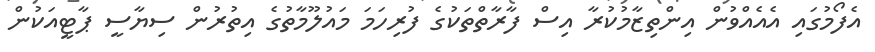
އެފޯމުގައި އެއެއްވުން އިންތިޒާމުކުރާ އިސް ފާރާތްތަކުގެ ފުރިހަމަ މައުލޫމާތުގެ އިތުރުން ސިޔާސީ ޕާޓީއަކުން